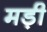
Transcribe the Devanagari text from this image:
मड़ी